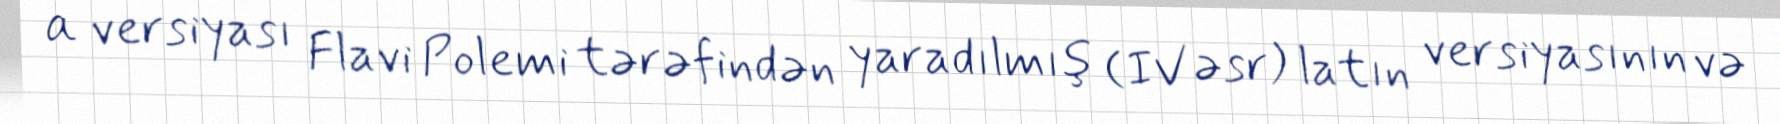
α versiyası Flavi Polemi tərəfindən yaradılmış (IV əsr) latın versiyasının və